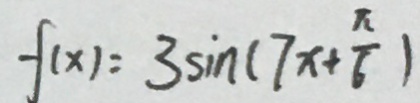
f ( x ) = 3 \sin ( 7 x + \frac { \pi } { 6 } )